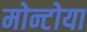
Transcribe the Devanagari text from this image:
मोन्टोया